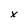
Character: x